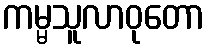
ကမ္မသူလာဝုတော